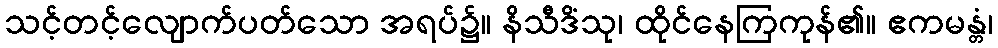
သင့်တင့်လျောက်ပတ်သော အရပ်၌။ နိသီဒိံသု၊ ထိုင်နေကြကုန်၏။ ဧကမန္တံ၊